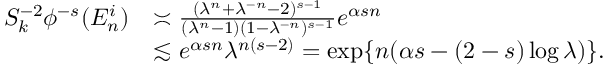
\begin{array} { r l } { S _ { k } ^ { - 2 } \phi ^ { - s } ( E _ { n } ^ { i } ) } & { \asymp \frac { ( \lambda ^ { n } + \lambda ^ { - n } - 2 ) ^ { s - 1 } } { ( \lambda ^ { n } - 1 ) ( 1 - \lambda ^ { - n } ) ^ { s - 1 } } e ^ { \alpha s n } } \\ & { \lesssim e ^ { \alpha s n } \lambda ^ { n ( s - 2 ) } = \exp \{ n ( \alpha s - ( 2 - s ) \log \lambda ) \} . } \end{array}